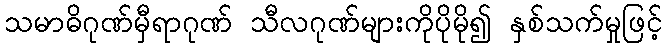
သမာဓိဂုဏ်မှီရာဂုဏ် သီလဂုဏ်များကိုပိုမို၍ နှစ်သက်မှုဖြင့်